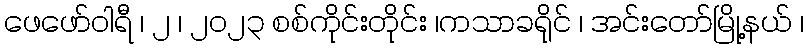
ဖေဖော်ဝါရီ ၊ ၂ ၊ ၂၀၂၃ စစ်ကိုင်းတိုင်း ၊ကသာခရိုင် ၊ အင်းတော်မြို့နယ် ၊